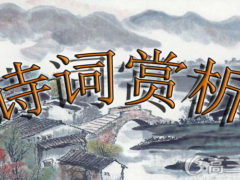
当时轻别意中人，山长水远知何处。